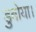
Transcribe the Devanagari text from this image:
डुबोया।